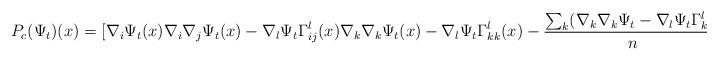
LaTeX: \begin{align*}P_c(\Psi_t)(x)=[\nabla_i\Psi_t(x)\nabla_i\nabla_j\Psi_t(x)-\nabla_l\Psi_t\Gamma_{ij}^l(x) \nabla_k\nabla_k\Psi_t(x)-\nabla_l\Psi_t\Gamma_{kk}^l(x)-\frac{\sum_k(\nabla_k\nabla_k\Psi_t-\nabla_l\Psi_t\Gamma_{kk}^l)}{n}(x)]^T\end{align*}